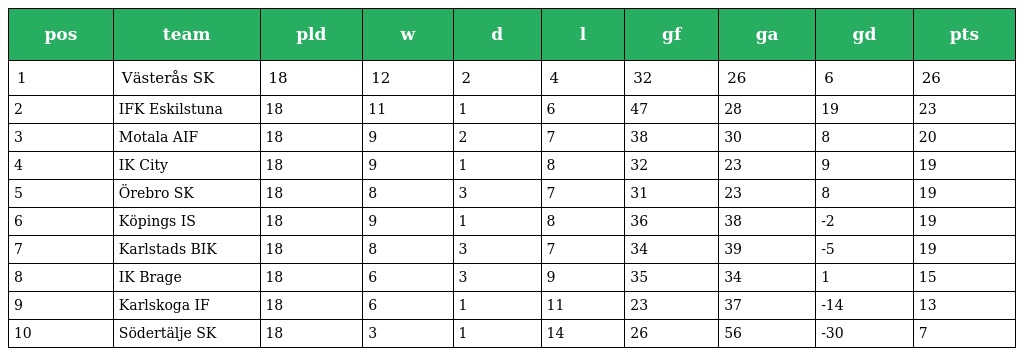
| pos | team | pld | w | d | l | gf | ga | gd | pts |
 | --- | --- | --- | --- | --- | --- | --- | --- | --- | --- |
 | 1 | Västerås SK | 18 | 12 | 2 | 4 | 32 | 26 | 6 | 26 |
 | 2 | IFK Eskilstuna | 18 | 11 | 1 | 6 | 47 | 28 | 19 | 23 |
 | 3 | Motala AIF | 18 | 9 | 2 | 7 | 38 | 30 | 8 | 20 |
 | 4 | IK City | 18 | 9 | 1 | 8 | 32 | 23 | 9 | 19 |
 | 5 | Örebro SK | 18 | 8 | 3 | 7 | 31 | 23 | 8 | 19 |
 | 6 | Köpings IS | 18 | 9 | 1 | 8 | 36 | 38 | -2 | 19 |
 | 7 | Karlstads BIK | 18 | 8 | 3 | 7 | 34 | 39 | -5 | 19 |
 | 8 | IK Brage | 18 | 6 | 3 | 9 | 35 | 34 | 1 | 15 |
 | 9 | Karlskoga IF | 18 | 6 | 1 | 11 | 23 | 37 | -14 | 13 |
 | 10 | Södertälje SK | 18 | 3 | 1 | 14 | 26 | 56 | -30 | 7 |